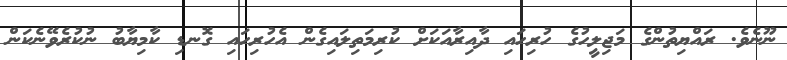
ނޫނެވެ. ރައްޔިތުންގެ މަޖިލީހުގެ ހުރިހައި ދާއިރާއަކަށް ކުރިމަތިލައިގެން އެހުރިހައި ގޮނޑި ކާމިޔާބު ނުކުރެވޭނެކަން